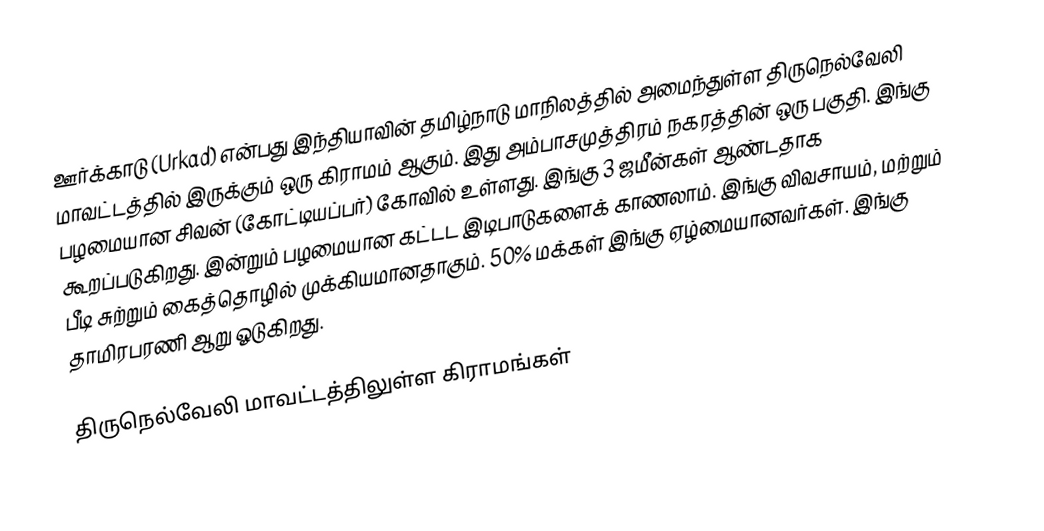
ஊர்க்காடு (Urkad) என்பது இந்தியாவின் தமிழ்நாடு மாநிலத்தில் அமைந்துள்ள திருநெல்வேலி மாவட்டத்தில் இருக்கும் ஒரு கிராமம் ஆகும். இது அம்பாசமுத்திரம் நகரத்தின் ஒரு பகுதி. இங்கு பழமையான சிவன் (கோட்டியப்பர்) கோவில்  உள்ளது. இங்கு 3 ஜமீன்கள் ஆண்டதாக கூறப்படுகிறது. இன்றும் பழமையான கட்டட இடிபாடுகளைக் காணலாம். இங்கு விவசாயம், மற்றும் பீடி சுற்றும் கைத்தொழில் முக்கியமானதாகும். 50% மக்கள் இங்கு ஏழ்மையானவர்கள். இங்கு தாமிரபரணி ஆறு ஓடுகிறது.

 திருநெல்வேலி மாவட்டத்திலுள்ள கிராமங்கள்